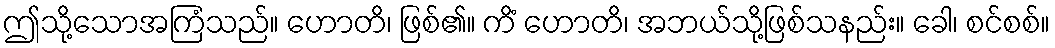
ဤသို့သောအကြံသည်။ ဟောတိ၊ ဖြစ်၏။ ကိံ ဟောတိ၊ အဘယ်သို့ဖြစ်သနည်း။ ခေါ၊ စင်စစ်။